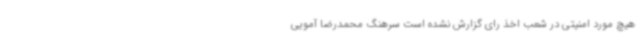
هیچ مورد امنیتی در شعب اخذ رای گزارش نشده است سرهنگ محمدرضا آمویی